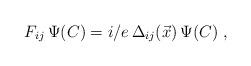
LaTeX: \begin{align*}F_{ij}\,\Psi (C)=i/e\,\Delta_{ij}(\vec{x})\,\Psi (C)\;,\end{align*}